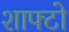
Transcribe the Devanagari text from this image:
शाफ्टो